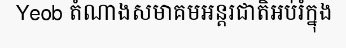
Yeob តំណាងសមាគមអន្តរជាតិអប់រំក្នុង